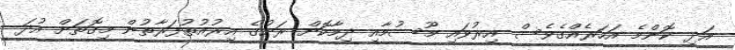
އަދި ކޮންމެ އަހަރެއްގެވެސް އިރުވައި މޫސުމާއި ދިމާކޮށް ރަށުގެ އިރުއުތުފަރާތުން މިގޮތަށް އުދަ